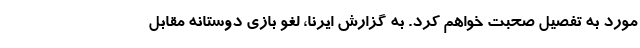
مورد به تفصیل صحبت خواهم کرد. به گزارش ایرنا، لغو بازی دوستانه مقابل